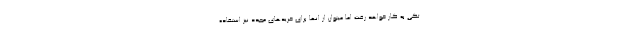
تکی به کار خواهد رفت اما میتوان از انها برای خرید‌های مجدد نیز استفاده